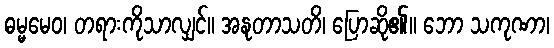
ဓမ္မမေဝ၊ တရားကိုသာလျှင်။ အနုတာသတိ၊ ပြောဆို၏။ ဘော သကုဏာ၊